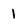
Character: 1